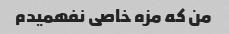
من که مزه خاصی نفهمیدم